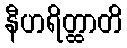
နီဟရိတ္ထာတိ